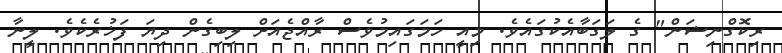
ރިކޮގްނިޝަން" ގެ ލަގަބާއެކުގައެވެ. މިއީ ހަމަގައިމުވެސް ރާއްޖެއަށް ލިބިގެން ދިޔަ ފަޚުރެކެވެ. ލީނާ